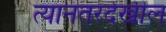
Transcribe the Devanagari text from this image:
त्यानंतरदेखील